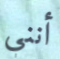
أنني